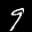
Label: 9